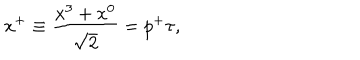
LaTeX: x ^ { + } \equiv { \frac { x ^ { 3 } + x ^ { 0 } } { \sqrt { 2 } } } = p ^ { + } \tau ,